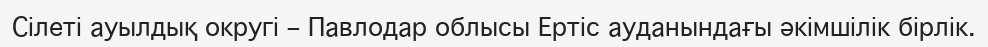
Сілеті ауылдық округі – Павлодар облысы Ертіс ауданындағы әкімшілік бірлік.